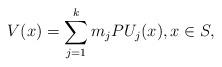
LaTeX: \begin{align*}V(x)= \sum_{j=1}^k m_jPU_j(x),x\in S,\end{align*}